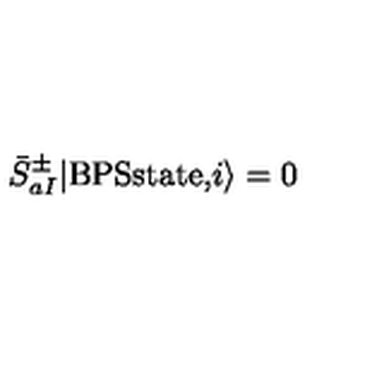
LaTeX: { \bar { S } } _ { a I } ^ { \pm } \vert \mathrm { B P S s t a t e , } i \rangle = 0